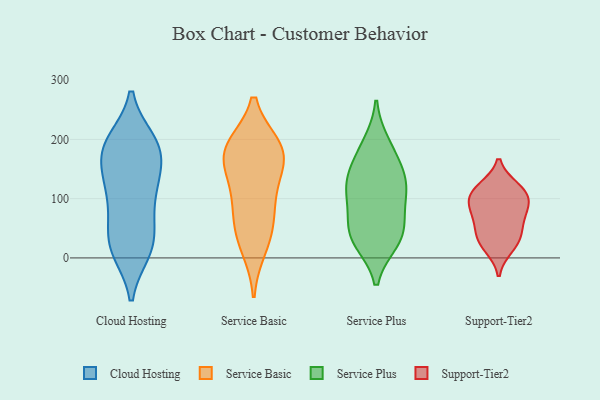
{"axis": {"x": "Population (Million)", "y": "Value"}, "legend": ["Cloud Hosting", "Service Basic", "Service Plus", "Support-Tier2"], "data": [{"x": "", "y": 127, "type": "Cloud Hosting"}, {"x": "", "y": 191, "type": "Cloud Hosting"}, {"x": "", "y": 182, "type": "Cloud Hosting"}, {"x": "", "y": 12, "type": "Cloud Hosting"}, {"x": "", "y": 23, "type": "Cloud Hosting"}, {"x": "", "y": 95, "type": "Cloud Hosting"}, {"x": "", "y": 129, "type": "Cloud Hosting"}, {"x": "", "y": 181, "type": "Cloud Hosting"}, {"x": "", "y": 15, "type": "Cloud Hosting"}, {"x": "", "y": 143, "type": "Cloud Hosting"}, {"x": "", "y": 13, "type": "Cloud Hosting"}, {"x": "", "y": 139, "type": "Cloud Hosting"}, {"x": "", "y": 84, "type": "Cloud Hosting"}, {"x": "", "y": 189, "type": "Cloud Hosting"}, {"x": "", "y": 38, "type": "Cloud Hosting"}, {"x": "", "y": 195, "type": "Cloud Hosting"}, {"x": "", "y": 62, "type": "Cloud Hosting"}, {"x": "", "y": 197, "type": "Cloud Hosting"}, {"x": "", "y": 170, "type": "Service Basic"}, {"x": "", "y": 173, "type": "Service Basic"}, {"x": "", "y": 179, "type": "Service Basic"}, {"x": "", "y": 46, "type": "Service Basic"}, {"x": "", "y": 186, "type": "Service Basic"}, {"x": "", "y": 107, "type": "Service Basic"}, {"x": "", "y": 111, "type": "Service Basic"}, {"x": "", "y": 19, "type": "Service Basic"}, {"x": "", "y": 182, "type": "Service Basic"}, {"x": "", "y": 61, "type": "Service Basic"}, {"x": "", "y": 177, "type": "Service Plus"}, {"x": "", "y": 36, "type": "Service Plus"}, {"x": "", "y": 142, "type": "Service Plus"}, {"x": "", "y": 104, "type": "Service Plus"}, {"x": "", "y": 108, "type": "Service Plus"}, {"x": "", "y": 192, "type": "Service Plus"}, {"x": "", "y": 72, "type": "Service Plus"}, {"x": "", "y": 28, "type": "Service Plus"}, {"x": "", "y": 128, "type": "Service Plus"}, {"x": "", "y": 48, "type": "Service Plus"}, {"x": "", "y": 133, "type": "Service Plus"}, {"x": "", "y": 32, "type": "Service Plus"}, {"x": "", "y": 18, "type": "Support-Tier2"}, {"x": "", "y": 108, "type": "Support-Tier2"}, {"x": "", "y": 34, "type": "Support-Tier2"}, {"x": "", "y": 88, "type": "Support-Tier2"}, {"x": "", "y": 93, "type": "Support-Tier2"}, {"x": "", "y": 72, "type": "Support-Tier2"}, {"x": "", "y": 118, "type": "Support-Tier2"}, {"x": "", "y": 33, "type": "Support-Tier2"}, {"x": "", "y": 60, "type": "Support-Tier2"}, {"x": "", "y": 114, "type": "Support-Tier2"}]}